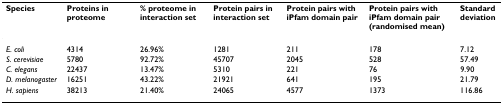
| Species | Proteins in proteome | % proteome in interaction set | Protein pairs in interaction set | Protein pairs with iPfam domain pair | Protein pairs with iPfam domain pair (randomised mean) | Standard deviation |
 | --- | --- | --- | --- | --- | --- | --- |
 | E. coli | 4314 | 26.96% | 1281 | 211 | 178 | 7.12 |
 | S. cerevisiae | 5780 | 92.72% | 45707 | 2045 | 528 | 57.49 |
 | C. elegans | 22437 | 13.47% | 5310 | 221 | 76 | 9.90 |
 | D. melanogaster | 16251 | 43.22% | 21921 | 641 | 195 | 21.79 |
 | H. sapiens | 38213 | 21.40% | 24065 | 4577 | 1373 | 116.86 |